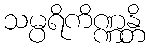
သမ္ပရိကိဏ္ဏန္တိ